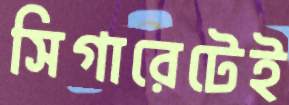
সিগারেটেই